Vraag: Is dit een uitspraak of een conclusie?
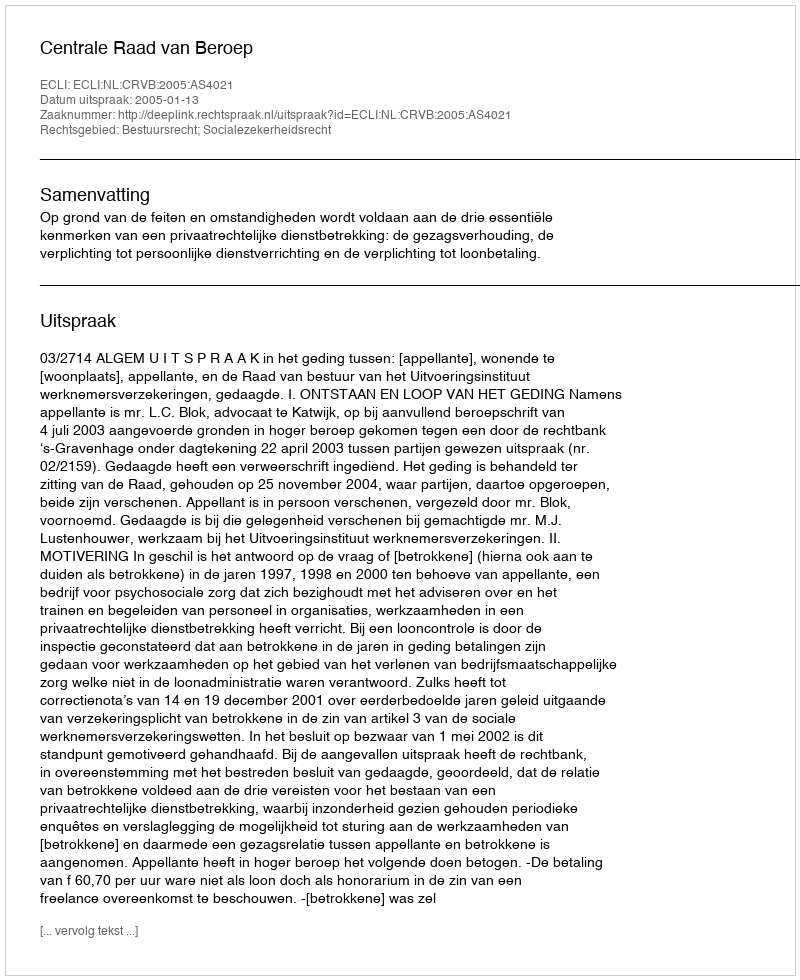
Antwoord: Uitspraak